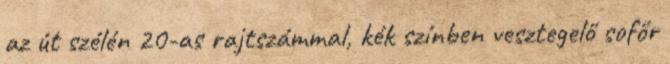
az út szélén 20-as rajtszámmal, kék színben vesztegelő sofőr